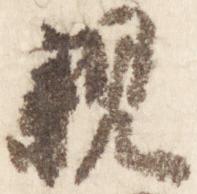
親